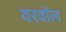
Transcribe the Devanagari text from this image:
वरवॉल